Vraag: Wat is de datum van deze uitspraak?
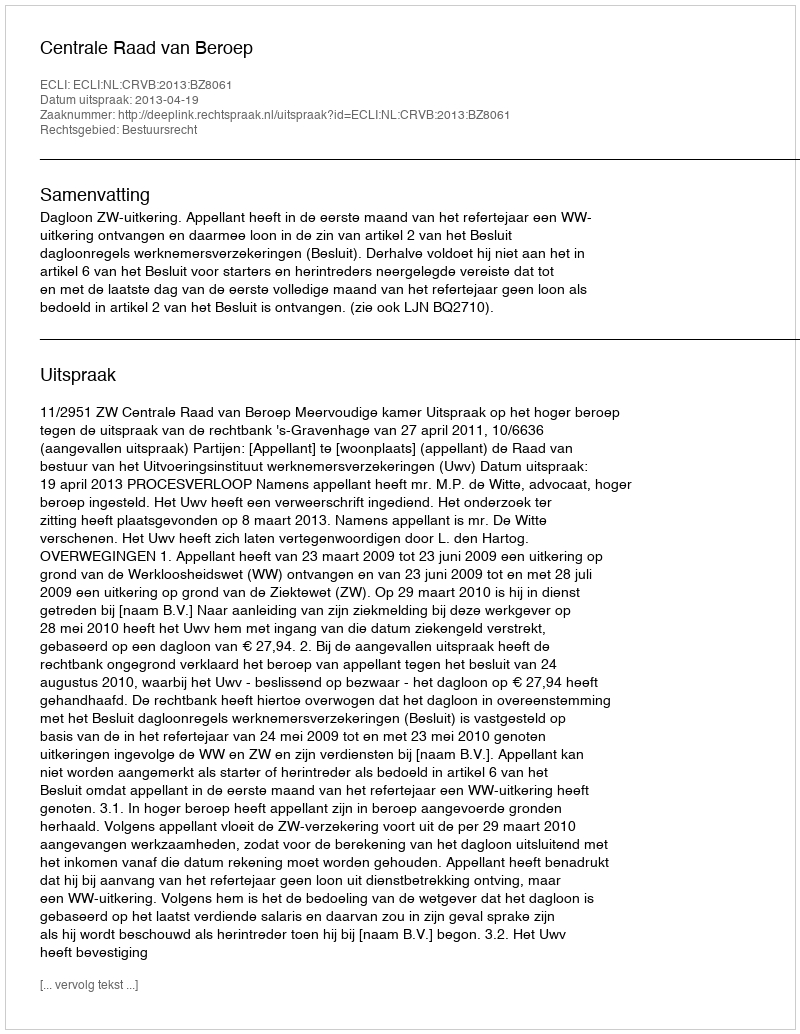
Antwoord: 2013-04-19